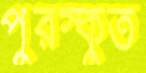
পুরস্কুত